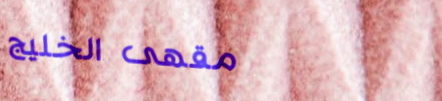
مقهى الخليج